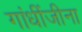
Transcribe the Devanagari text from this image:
गांधींजीना